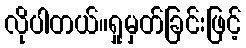
လိုပါတယ်။ရှုမှတ်ခြင်းဖြင့်